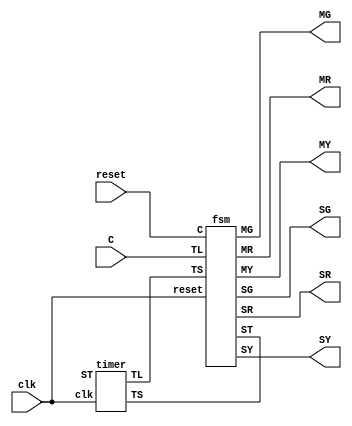
`timescale 1ns / 1ps
//////////////////////////////////////////////////////////////////////////////////
// Company: 
// Engineer: 
// 
// Design Name: 
// Module Name:    fpga 
// Project Name: 
// Target Devices: 
// Tool versions: 
// Description: 
//
// Dependencies: 
//
// Revision: 
// Revision 0.01 - File Created
// Additional Comments: 
//
//////////////////////////////////////////////////////////////////////////////////
module fpga(
output MR,output MY,output MG,output SR,output SY,output SG,input reset,input C,input clk);
timer part1(TS,TL,ST,clk);
fsm part2(MR,MY,MG,SR,SY,SG,TS,TL,C,reset,clk);
endmodule


module timer( output TS,output TL,input ST,input clk);
integer value;
assign TS=(value>=4);
assign TL=(value>=14);
always@(posedge ST or posedge clk)
begin
if(ST==1) begin
value=0;
end
else begin
value=value+1;
end
end
endmodule



module fsm(output MR,output MY,output MG,output SR, output SY,output SG,output reg ST,
input TS, input TL, input C,input reset,input clk);
reg [6:1] state;
parameter MainRoadGreen=6'b001100;
parameter MainRoadYellow=6'b010100;
parameter SideRoadGreen=6'b100001;
parameter SideRoadYellow=6'b100010;
assign MR=state[6];
assign MY=state[5];
assign MG=state[4];
assign SR=state[3];
assign SY=state[2];
assign SG=state[1];

initial begin state=MainRoadGreen;ST=0;end
always @(posedge clk)
begin 
if (reset)
begin 
state=MainRoadGreen; ST=1; end
else
begin
ST=0;
case(state)
MainRoadGreen:
if (TL&C)
begin state=MainRoadYellow; ST=1;
end
MainRoadYellow:
if (TS) begin
state=SideRoadGreen; ST=1; end
SideRoadGreen:
if (TL|!C) begin
state=SideRoadYellow; ST=1; end
SideRoadYellow:
if (TS) begin
state=MainRoadGreen; ST=1; end
endcase
end
end
endmodule